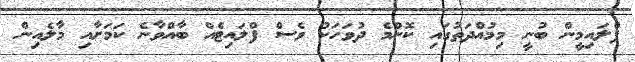
ފްލައިމީން ބުނީ މިމުއްދަތުގައި ކޮންމެ ދުވަހަކު ވެސް ފްލައިޓެއް ބާއްވާނެ ކަމަށާއި މާލެއިން